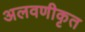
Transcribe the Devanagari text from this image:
अलवणीकृत